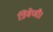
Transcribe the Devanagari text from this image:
त्रिवेणी।